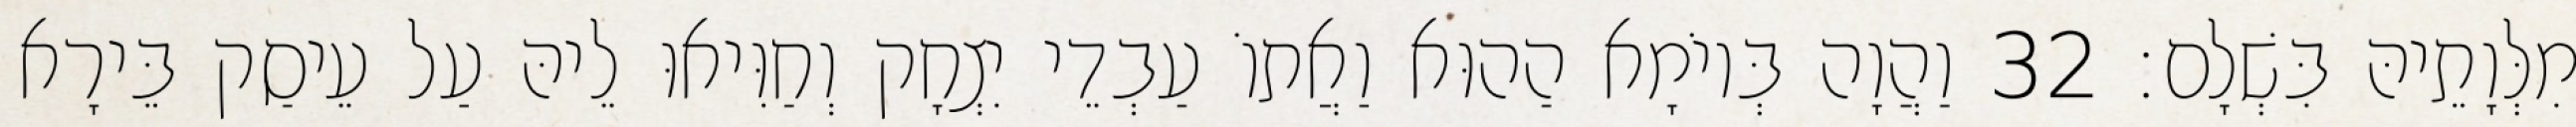
מִלְּוָתֵיהּ בִּשְׁלָם׃ 32 וַהֲוָה בְּיוֹמָא הַהוּא וַאֲתוֹ עַבְדֵי יִצְחָק וְחַוִּיאוּ לֵיהּ עַל עֵיסַק בֵּירָא